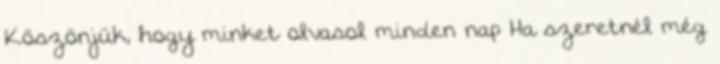
Köszönjük, hogy minket olvasol minden nap Ha szeretnél még